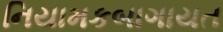
નિયામકબાગાયત